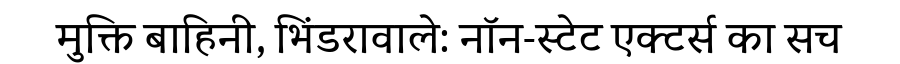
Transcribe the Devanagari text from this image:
मुक्ति बाहिनी, भिंडरावाले: नॉन-स्टेट एक्टर्स का सच